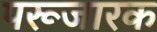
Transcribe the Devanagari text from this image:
परूजारक